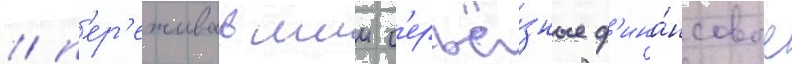
/ п'ер'еживавшии с'ерьё́зные ф'ина́нсовые